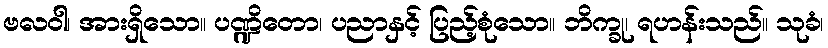
ဗလဝါ၊ အားရှိသော။ ပဏ္ဍိတော၊ ပညာနှင့် ပြည့်စုံသော။ ဘိက္ခု၊ ရဟန်းသည်။ သုခံ၊